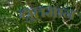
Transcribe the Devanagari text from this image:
द्युतमान